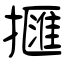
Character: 擓